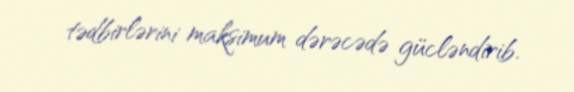
tədbirlərini maksimum dərəcədə gücləndirib.